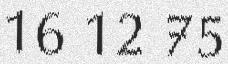
16 12 75